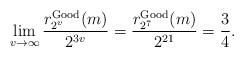
LaTeX: \begin{align*}\lim_{v \to \infty} \dfrac{ r_{2^v}^{\operatorname{Good}}(m)}{2^{3v}}=\dfrac{r_{2^7}^{\operatorname{Good}}(m)}{2^{21}}=\dfrac{3}{4}.\end{align*}